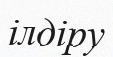
ілдіру